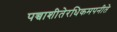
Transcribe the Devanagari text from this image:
पच्चाशीतेरधिकमपनीते